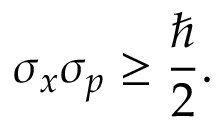
\sigma _ { x } \sigma _ { p } \geq { \frac { \hbar } { 2 } } .